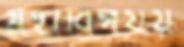
মহাবিপর্যয়